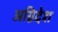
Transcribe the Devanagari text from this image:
अग्निदेश